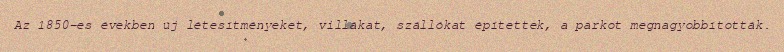
Az 1850-es években új létesítményeket, villákat, szállókat építettek, a parkot megnagyobbították.